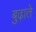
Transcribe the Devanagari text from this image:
बुढ़ाते